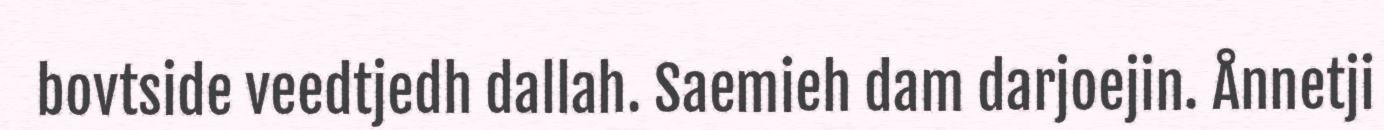
bovtside veedtjedh dallah. Saemieh dam darjoejin. Ånnetji